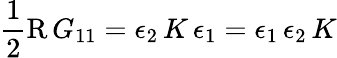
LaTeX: \frac{1}{2}\operatorname{R}G_{11}=\epsilon_{2}\, K\, \epsilon_{1}=\epsilon_{1}\, \epsilon_{2}\, K